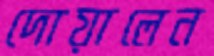
দোয়ালেন